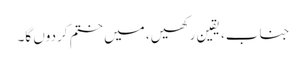
جناب، یقین رکھیں، میں ختم کردوں گا۔